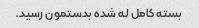
بسته کامل له شده بدستمون رسید.